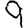
Digit: 9